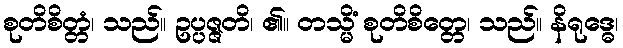
စုတိစိတ္တံ၊ သည်။ ဥပ္ပဇ္ဇတိ၊ ၏။ တသ္မိံ စုတိစိတ္တေ၊ သည်။ နိရုဒ္ဓေ၊